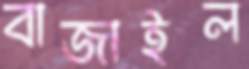
বাজাইল